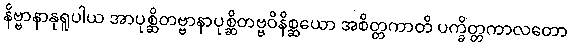
နိဗ္ဗာနာနုရူပါယ အာပုစ္ဆိတဗ္ဗာနာပုစ္ဆိတဗ္ဗဝိနိစ္ဆယော အစိတ္တကာတိ ပက္ခိတ္တကာလတော